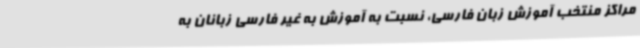
مراکز منتخب آموزش زبان فارسی، نسبت به آموزش به غیر فارسی زبانان به